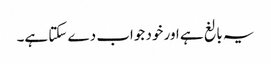
‏ یہ بالغ ہے اور خود جواب دے سکتا ہے۔